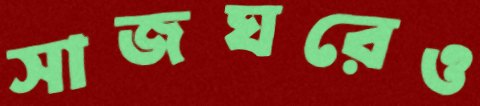
সাজঘরেও